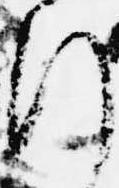
行